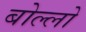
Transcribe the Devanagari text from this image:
बोल्लो